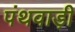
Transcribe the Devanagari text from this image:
पंथवाड़ी